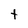
Character: t